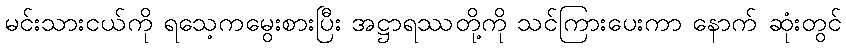
မင်းသားငယ်ကို ရသေ့ကမွေးစားပြီး အဋ္ဌာရဿတို့ကို သင်ကြားပေးကာ နောက် ဆုံးတွင်